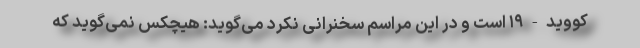
کووید-۱۹ است و در این مراسم سخنرانی نکرد می‌گوید: هیچکس نمی‌گوید که